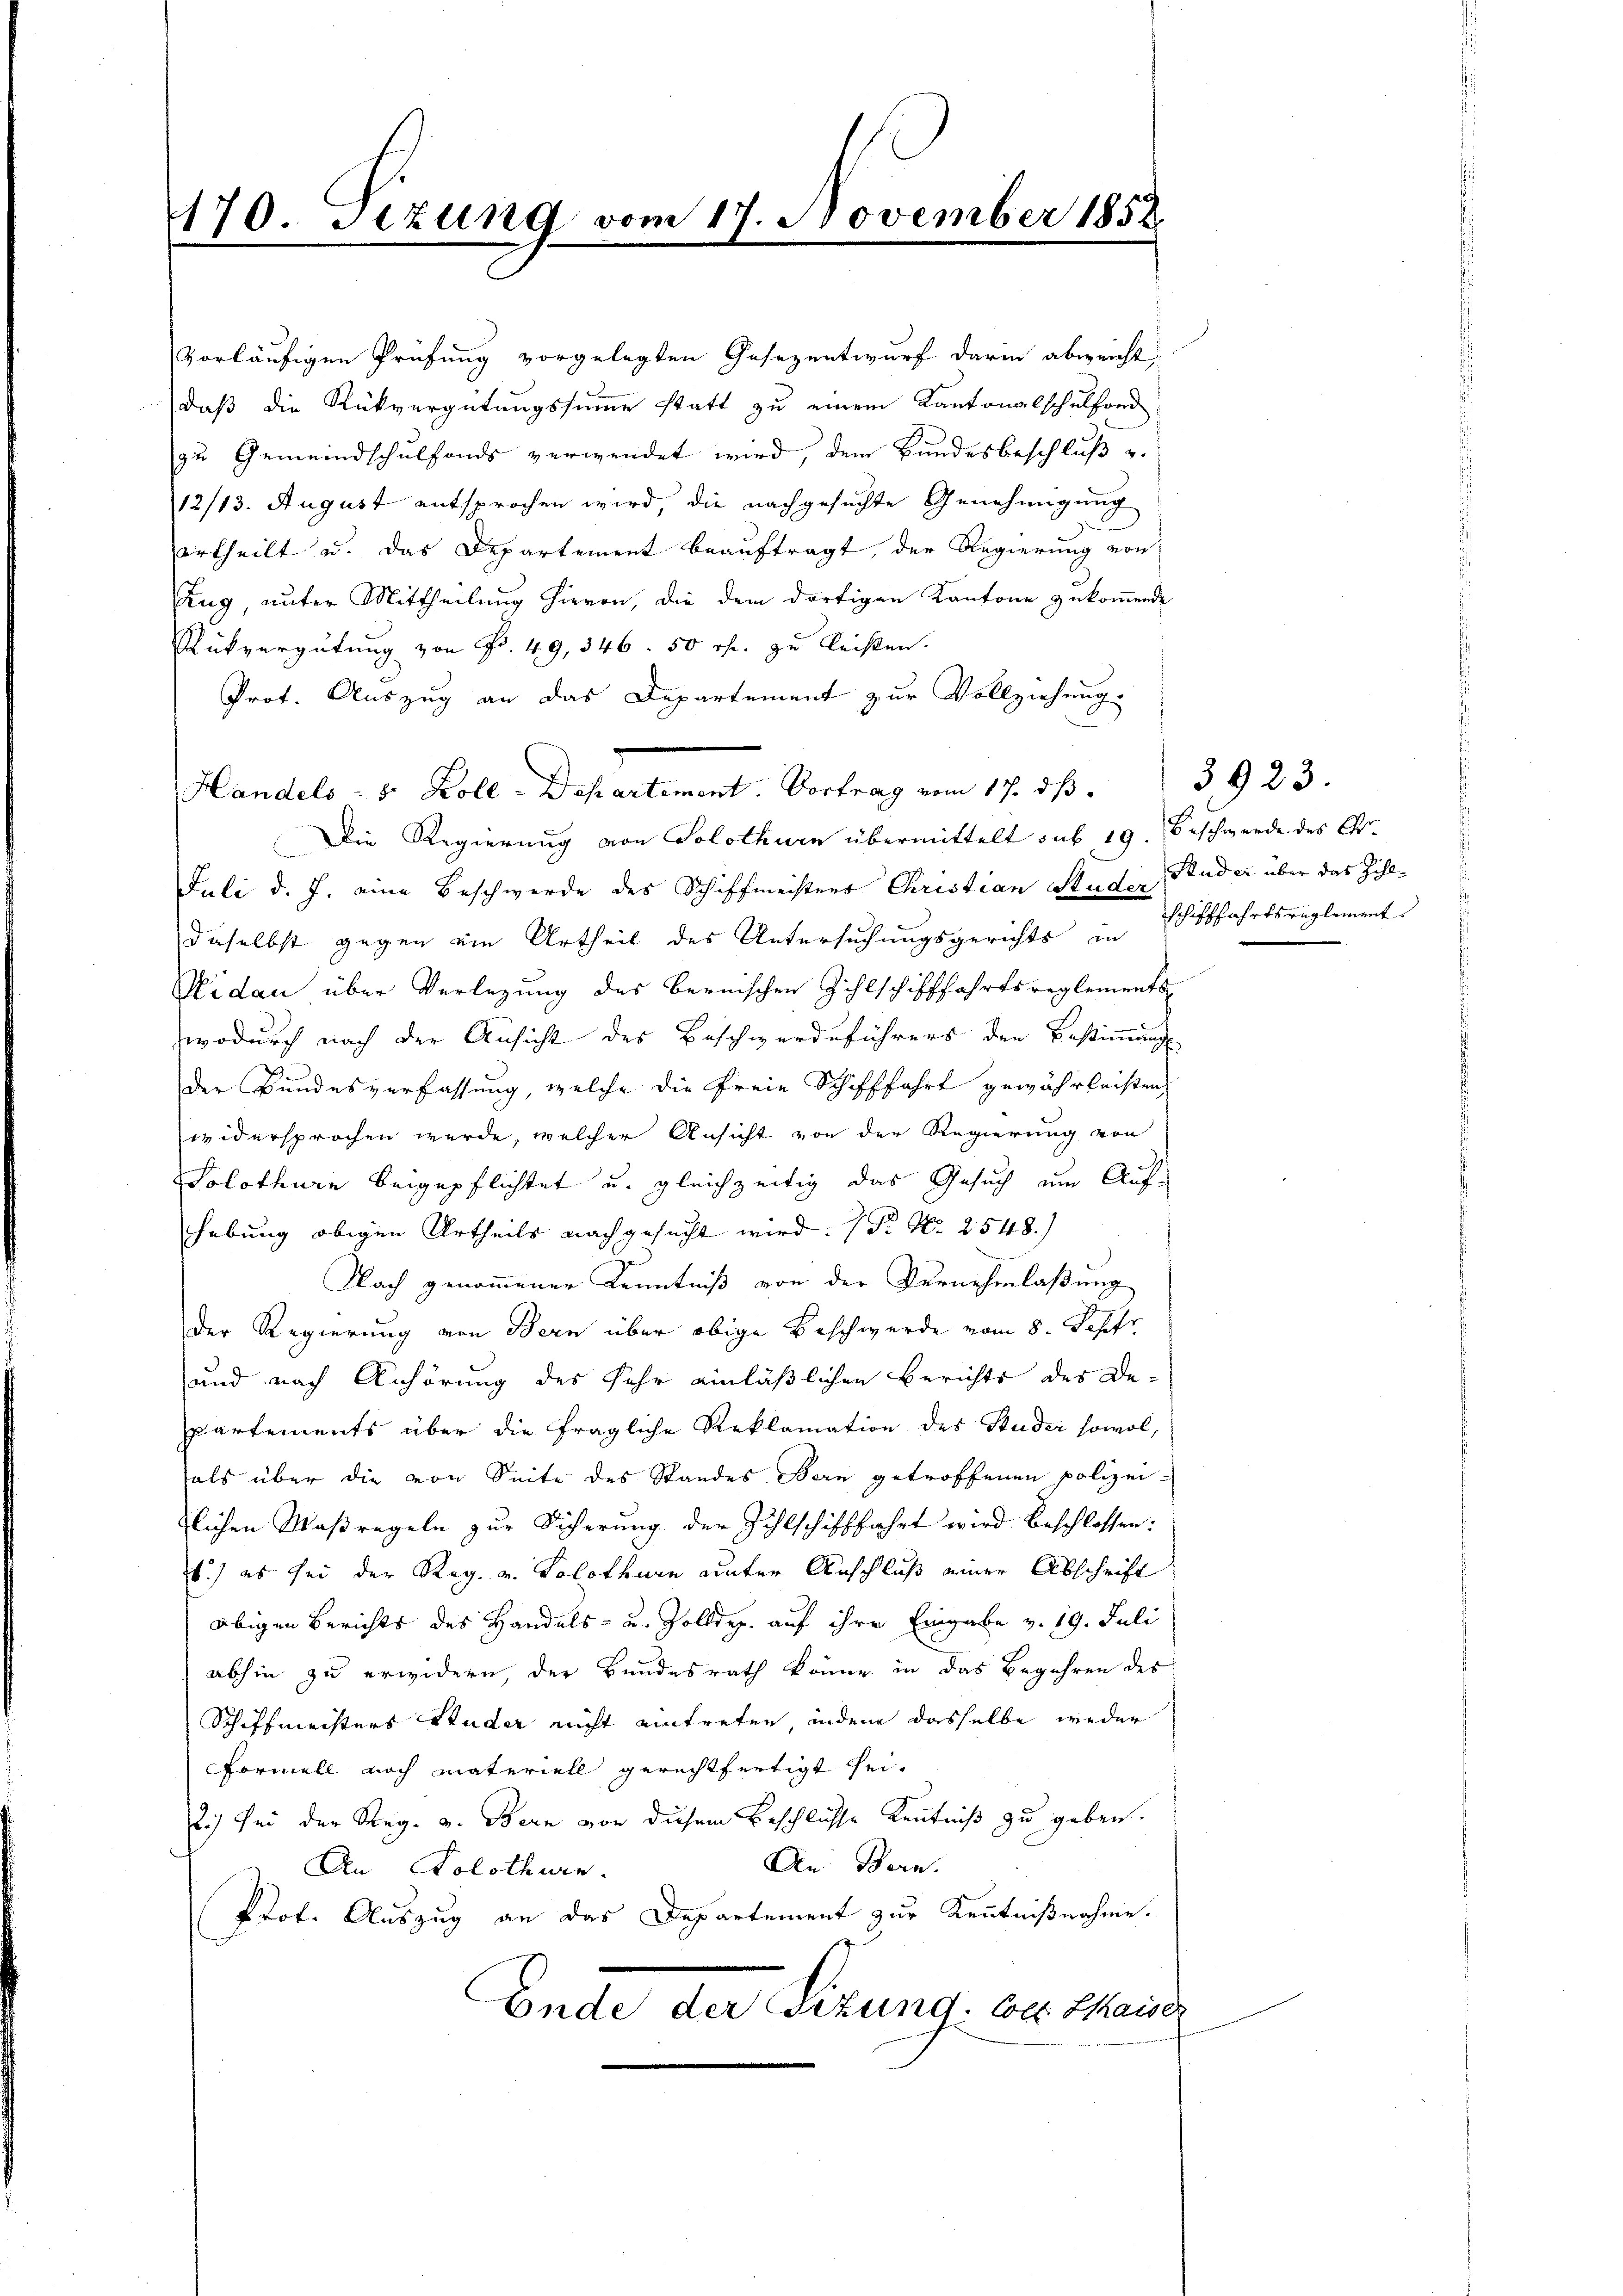
170. Setzung vom 17. November 1858

Prot. Auszug an das Departement zur Vollziehung.
Die Regierung von Solothurn übermittelt sub 19. Beschwerde des C.
Juli d. J. eine Beschwerde des Schiffmeisters Christian Studer Studer über das Zihldaselbst gegen ein Urtheil des Untersuchungsgerichts in
Nidau über Verlegung des bernischen Zihlschifffahrtsreglements
wodurch nach der Ansicht des Beschwerdeführers den Bestimmung
der Bundesverfassung, welche die Freie Schifffahrt gewährleisten,
widersprochen werde, welcher Ansicht von der Regierung von
Solothurn beigepflichtet u. gleichzeitig das Gesuch um Aufhebung obigen Urtheils nachgesucht wird: P. Nr. 2548.)
Nach genommener Kenntniß von der Vernehmlaßung
Der Regierung von Bern über obige Beschwerde vom 8. Septr.
und nach Anhörung des Sehr einläßlichen Berichts des Departements über die fragliche Reklamation des Studer sowol,
tals über die von Seite des Standes Bern getroffenen polizeilichen Maßregeln zur Sicherung der Zahlschifffahrt wird beschlossen:
6.) es sei der Reg. v. Solothurn unter Anschluß einer Abschrift
obigen Berichts des Handels- u. Zolldep. auf ihre Eingabe v. 19. Juli
abhin zu erwidern, der Bundesrath könne, in das Begehren des
Schiffmeisters Studer nicht eintreten, indem dasselbe weder
Formell noch materiell gerechtfertigt sei¬
2.) Sei der Reg. v. Bern von diesem Beschlüsse Kenntniß zu geben.
An. Bern.
An Solothurn.
Prof. Auszug an das Departement zur Kenntnißnahme.
Ende der Sizung. Coll thaiser

Handels - 5. Koll-Departement. Vortrag vom 17. dβ. 3923.

vorläufigen Prüfung vorgelegten Gesezentwurf darin abweicht
daß die Rückvergütungssumme statt zu einem Kantonalschulfond
zu Gemeindschulfonds verwendet wird, dem Bundesbeschluß un
12/13. August entsprochen wird, die nachgesuchte Genehmigung
urtheilt u. das Departement beauftragt, der Regierung von
Zug, unter Mittheilung hievon, die dem dortigen Kantone zukommende
Rükvergütung von Fr. 49, 346. 50 r. zu leisten.

schifffahrtsreglement